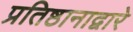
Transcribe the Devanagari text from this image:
प्रतिष्ठानाद्वारे